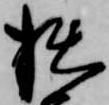
拙